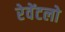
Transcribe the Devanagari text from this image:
रेवेंटलो